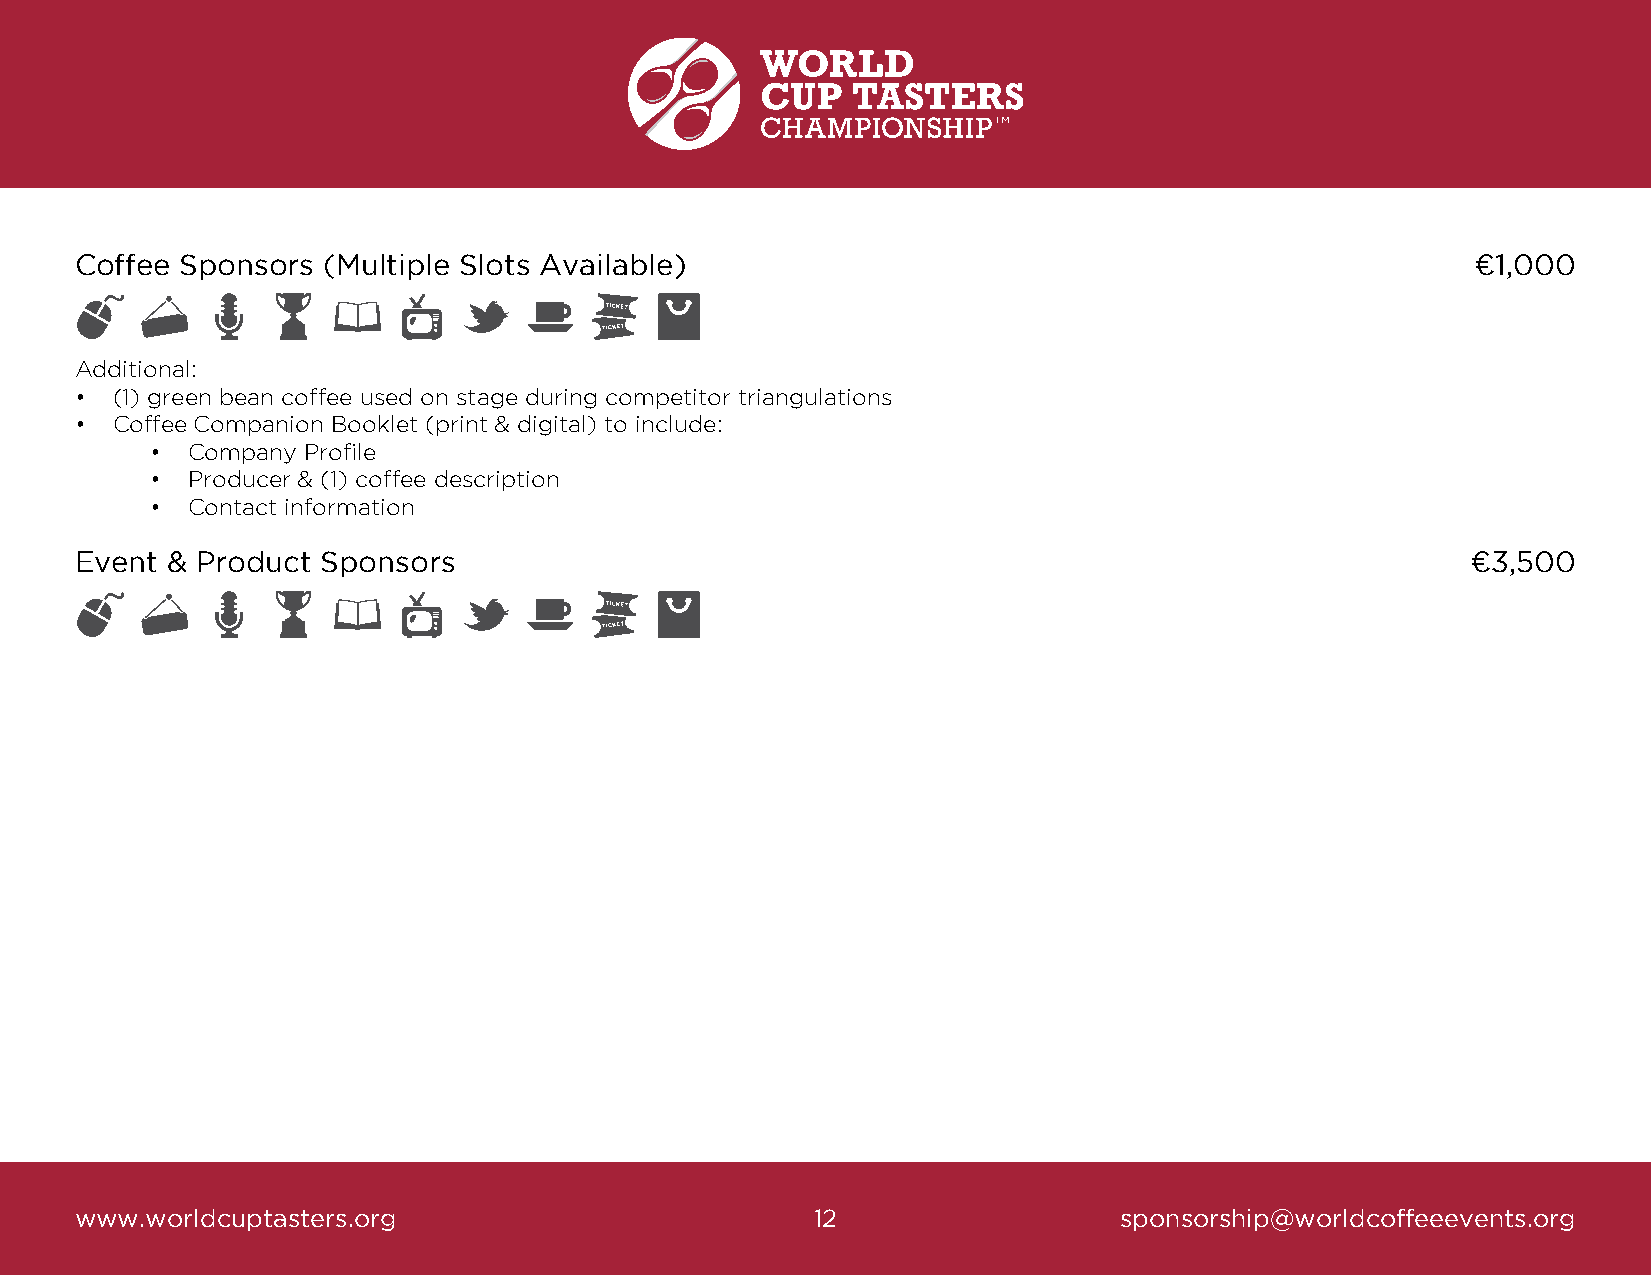
Coffee Sponsors (Multiple Slots Available)                                                   ¤1,000
 Additional:
 • (1) green bean coffee used on stage during competitor triangulations
 • Coffee Companion Booklet (print & digital) to include:
 • Company Profile
 • Producer & (1) coffee description
 • Contact information
 Event & Product Sponsors                                                                    ¤3,500
 www.worldcuptasters.org                          12                  sponsorship@worldcoffeeevents.org